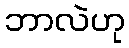
ဘာလဲဟု